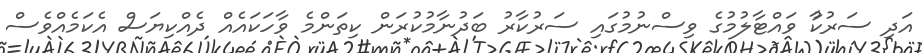
އަދި ސަރުކާު ވައްޓާލުމުގެ ވިސްނުމުގައި ސަރުކާރު ބަދުނާމުކުރަން ކިތަންމެ ވާހަކައެއް ދެއްކިޔަސް އެކަމެއްވެސް